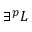
\exists ^ { p } L